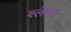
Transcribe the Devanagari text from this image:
श्‍लेष्‍मा